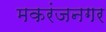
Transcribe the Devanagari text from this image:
मकरंजनगर